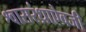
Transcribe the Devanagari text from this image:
श्वासरंध्राऐवजी